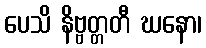
ပေသိ နိဗ္ဗတ္တတီ ဃနော၊